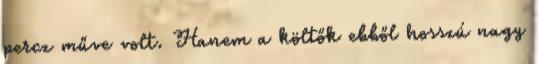
percz műve volt. Hanem a költők ebből hosszú nagy